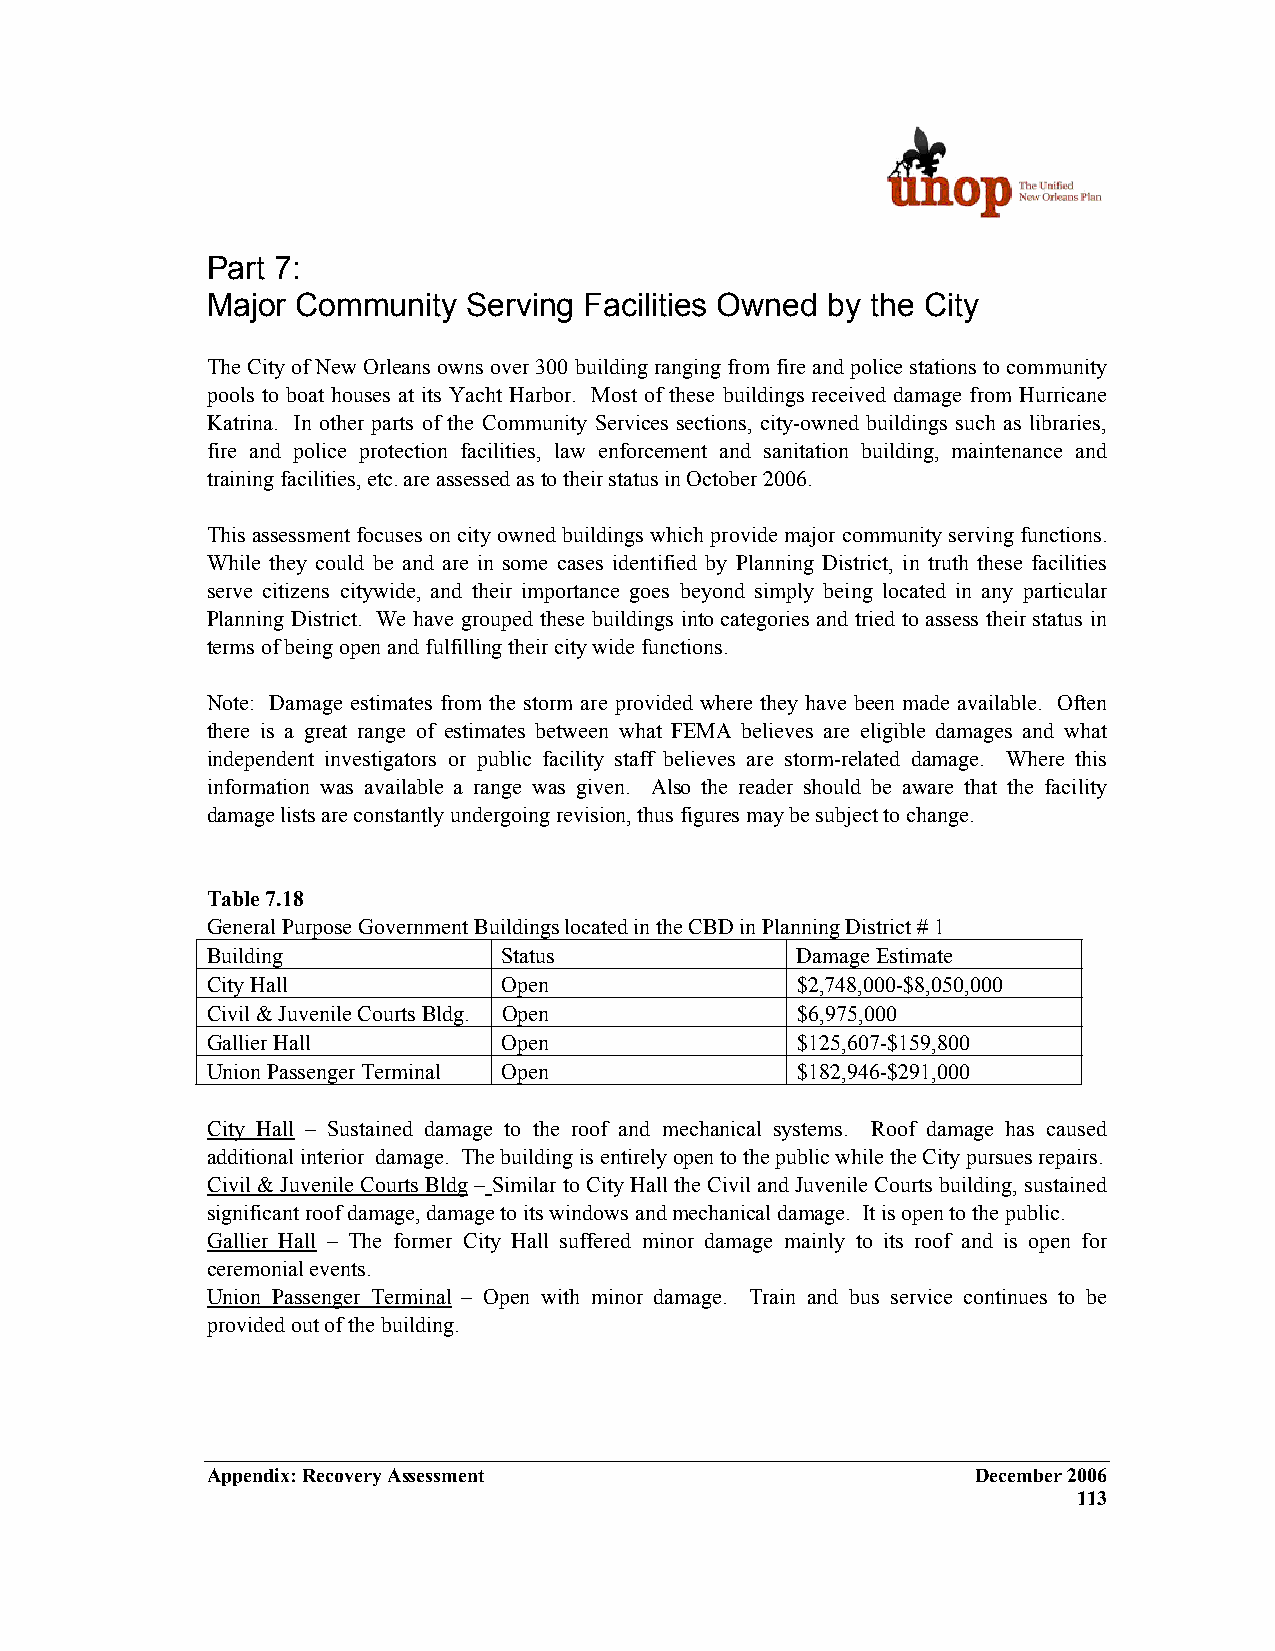
Part 7:
 Major Community  Serving Facilities Owned by the City
 The City of New Orleans owns over 300 building ranging from fire and police stations to community
 pools to boat houses at its Yacht Harbor. Most of these buildings received damage from Hurricane
 Katrina. In other parts of the Community Services sections, city-owned buildings such as libraries,
 fire and police protection facilities, law enforcement and sanitation building, maintenance and
 training facilities, etc. are assessed as to their status in October 2006.
 This assessment focuses on city owned buildings which provide major community serving functions.
 While they could be and are in some cases identified by Planning District, in truth these facilities
 serve citizens citywide, and their importance goes beyond simply being located in any particular
 Planning District. We have grouped these buildings into categories and tried to assess their status in
 terms of being open and fulfilling their city wide functions.
 Note: Damage estimates from the storm are provided where they have been made available. Often
 there is a great range of estimates between what FEMA believes are eligible damages and what
 independent investigators or public facility staff believes are storm-related damage. Where this
 information was available a range was given. Also the reader should be aware that the facility
 damage lists are constantly undergoing revision, thus figures may be subject to change.
 Table 7.18
 General Purpose Government Buildings located in the CBD in Planning District # 1
 Building           Status              Damage Estimate
 City Hall          Open                $2,748,000-$8,050,000
 Civil & Juvenile Courts Bldg. Open     $6,975,000
 Gallier Hall       Open                $125,607-$159,800
 Union Passenger Terminal Open          $182,946-$291,000
 City Hall – Sustained damage to the roof and mechanical systems. Roof damage has caused
 additional interior damage. The building is entirely open to the public while the City pursues repairs.
 Civil & Juvenile Courts Bldg – Similar to City Hall the Civil and Juvenile Courts building, sustained
 significant roof damage, damage to its windows and mechanical damage. It is open to the public.
 Gallier Hall – The former City Hall suffered minor damage mainly to its roof and is open for
 ceremonial events.
 Union Passenger Terminal – Open with minor damage. Train and bus service continues to be
 provided out of the building.
 Appendix: Recovery Assessment                      December 2006
 113